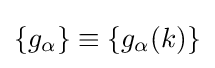
\{g_{\alpha }\}\equiv \{g_{\alpha }(k)\}